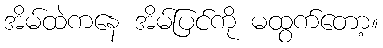
အိမ်ထဲကနေ အိမ်ပြင်ကို မထွက်တော့။